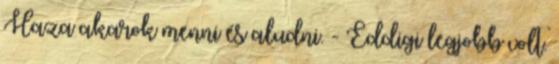
Haza akarok menni és aludni. - Eddigi legjobb volt.